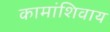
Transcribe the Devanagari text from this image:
कामांशिवाय